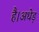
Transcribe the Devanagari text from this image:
है।अधेड़